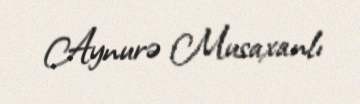
Aynurə Musaxanlı